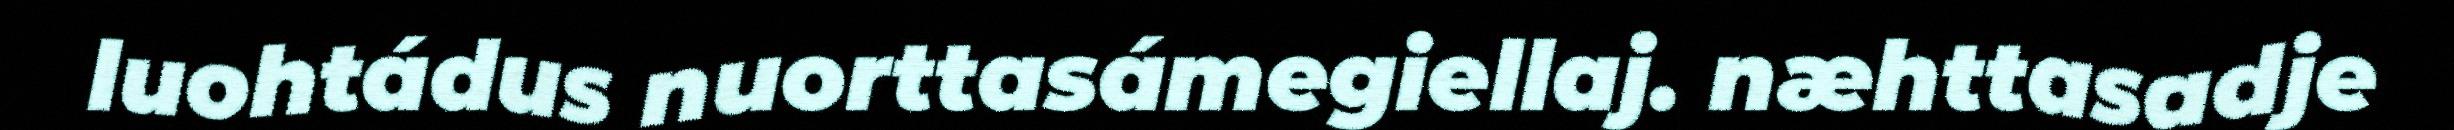
luohtádus nuorttasámegiellaj. næhttasadje